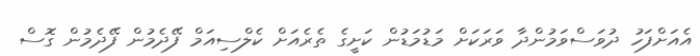
އެއަށްފަހު ދުވަސްވަމުންދާ ވަރަކަށް މަޑުމަޑުން ކަށީގެ ތެރެއަށް ކެލްސިއަމް ފޭދެމުން ފޭދެމުން ގޮސް